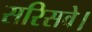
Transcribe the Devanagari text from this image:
सरिसवे।